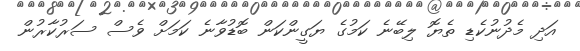
އަދި މެދުނުކެޑި ތެޔޮ ލިބޭނެ ކަމުގެ ޔަގީންކަން ބޮޑުވާނެ ކަމަށް ވެސް ސަރުކާރުން